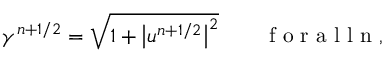
\gamma ^ { n + 1 / 2 } = \sqrt { 1 + \bigl | u ^ { n + 1 / 2 } \bigr | ^ { 2 } } \qquad \mathrm { ~ f ~ o ~ r ~ a ~ l ~ l ~ n ~ , ~ }